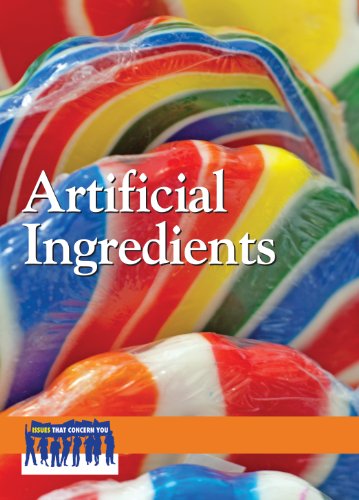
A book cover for Artificial Ingredients (Issues That Concern You); Lauri S. Scherer; Health, Fitness & Dieting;